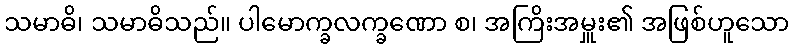
သမာဓိ၊ သမာဓိသည်။ ပါမောက္ခလက္ခဏော စ၊ အကြိးအမှူး၏ အဖြစ်ဟူသော